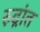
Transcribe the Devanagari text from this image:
रुद्रांत